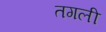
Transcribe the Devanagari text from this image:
तगली